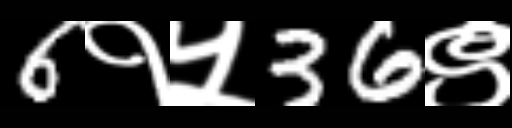
Text: 6१५36९